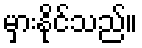
မှားနိုင်သည်။